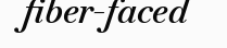
fiber-faced